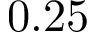
0 . 2 5